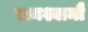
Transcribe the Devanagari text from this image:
रामश्यामौ